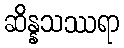
ဆိန္နသဿရာ